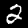
Label: 2